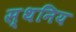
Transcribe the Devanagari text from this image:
स्थनिय